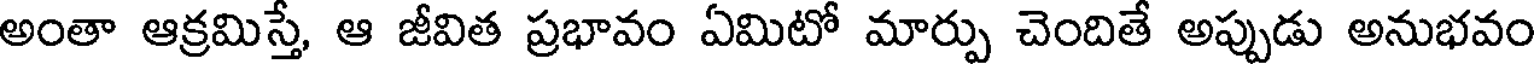
అంతా ఆక్రమిస్తే, ఆ జీవిత ప్రభావం ఏమిటో మార్పు చెందితే అప్పుడు అనుభవం